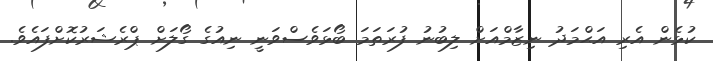
ކުޅެން އެރި އަޙްމަދު ނިޒާމްއަށް ލިބުނު ފުރަތަމަ ބޯޅަވެސްވަނީ ނިއުގެ ގޯލަށް ޕްރެޝަރުކޮށްފައެވެ.